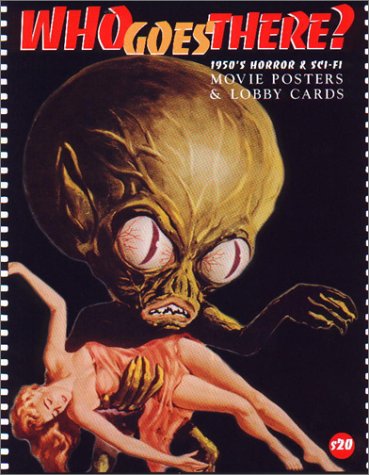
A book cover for Who Goes There?; Bruce Hershenson; Crafts, Hobbies & Home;